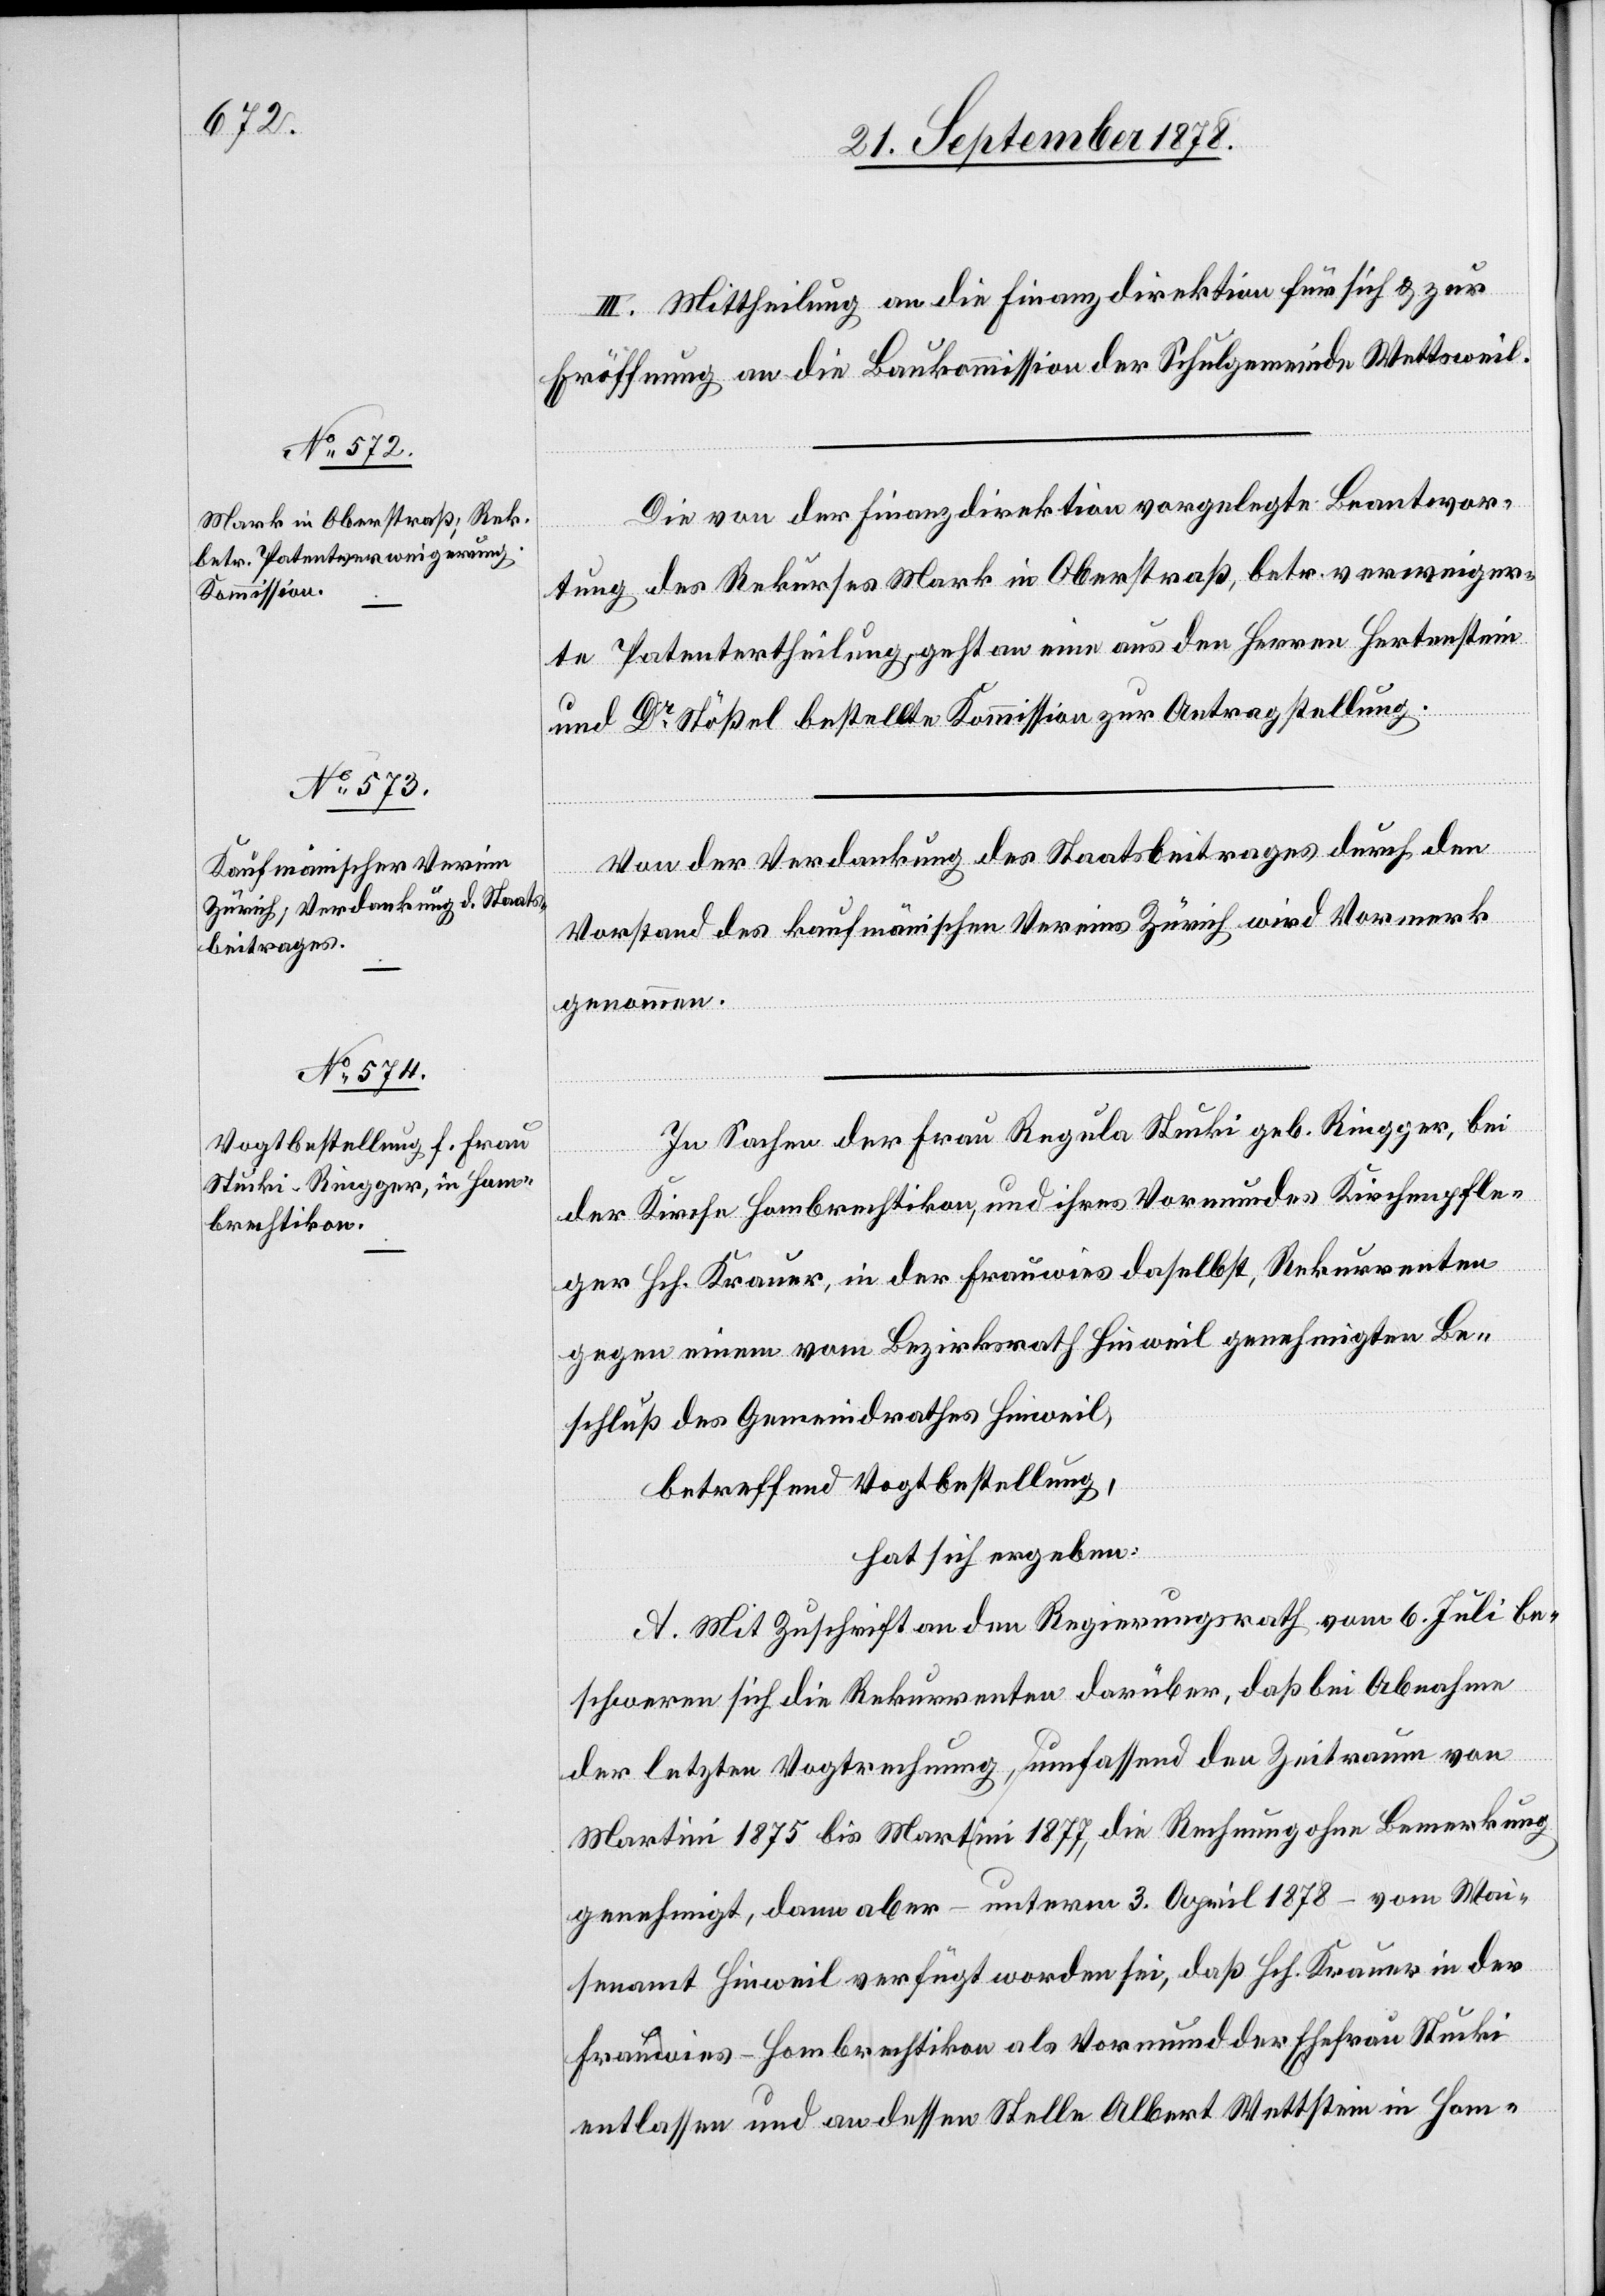
III. Mittheilung an die Finanzdirektion für sich & zur
Eröffnung an die Baukomission der Schulgemeinde Wettsweil.
Die von der Finanzdirektion vorgelegte Beantwor¬
tung des Rekurses Mark in Oberstraß, betr. verweiger¬
te Patentertheilung, geht an eine aus den Herren Hertenstein
und Dr Stößel bestellte Kommission zur Antragstellung.
Von der Verdankung des Staatsbeitrages durch den
Vorstand des kaufmännischen Vereins Zürich wird Vormerk
genommen.
In Sachen der Frau Regula Stucki geb. Ringger, bei
der Kirche Hombrechtikon, und ihres Vormundes Kirchenpfle¬
ger Hch. Krauer, in der Frauwies daselbst, Rekurrenten
gegen einen vom Bezirksrath Hinweil genehmigten Be¬
schluß des Gemeindrathes Hinweil,
betreffend Vogtbestellung,
hat sich ergeben:
A. Mit Zuschrift an den Regierungsrath vom 6. Juli be¬
schweren sich die Rekurrenten darüber, daß bei Abnahme
der letzten Vogtrechnung, umfassend den Zeitraum von
Martini 1875 bis Martini 1877, die Rechnung ohne Bemerkung
genehmigt, dann aber – unterm 3. April 1878 – vom Wai¬
senamt Hinweil verfügt worden sei, daß Hch. Krauer in der
Frauwies - Hombrechtikon als Vormund der Ehefrau Stucki
entlassen und an dessen Stelle Albert Wettstein in Hom-